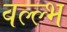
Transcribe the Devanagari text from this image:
वल्ल्भ